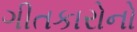
ગીતકારોનો